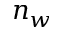
n _ { w }